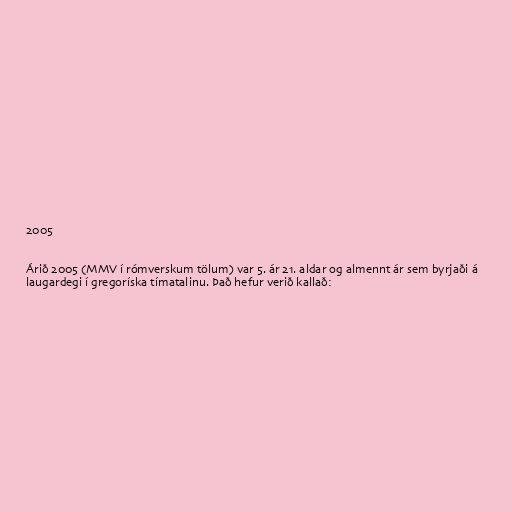
2005

Árið 2005 (MMV í rómverskum tölum) var 5. ár 21. aldar og almennt ár sem byrjaði á
laugardegi í gregoríska tímatalinu. Það hefur verið kallað: